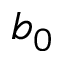
b _ { 0 }